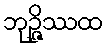
ဘုဉ္ဇိဿထ